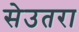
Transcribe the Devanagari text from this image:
सेउतरा